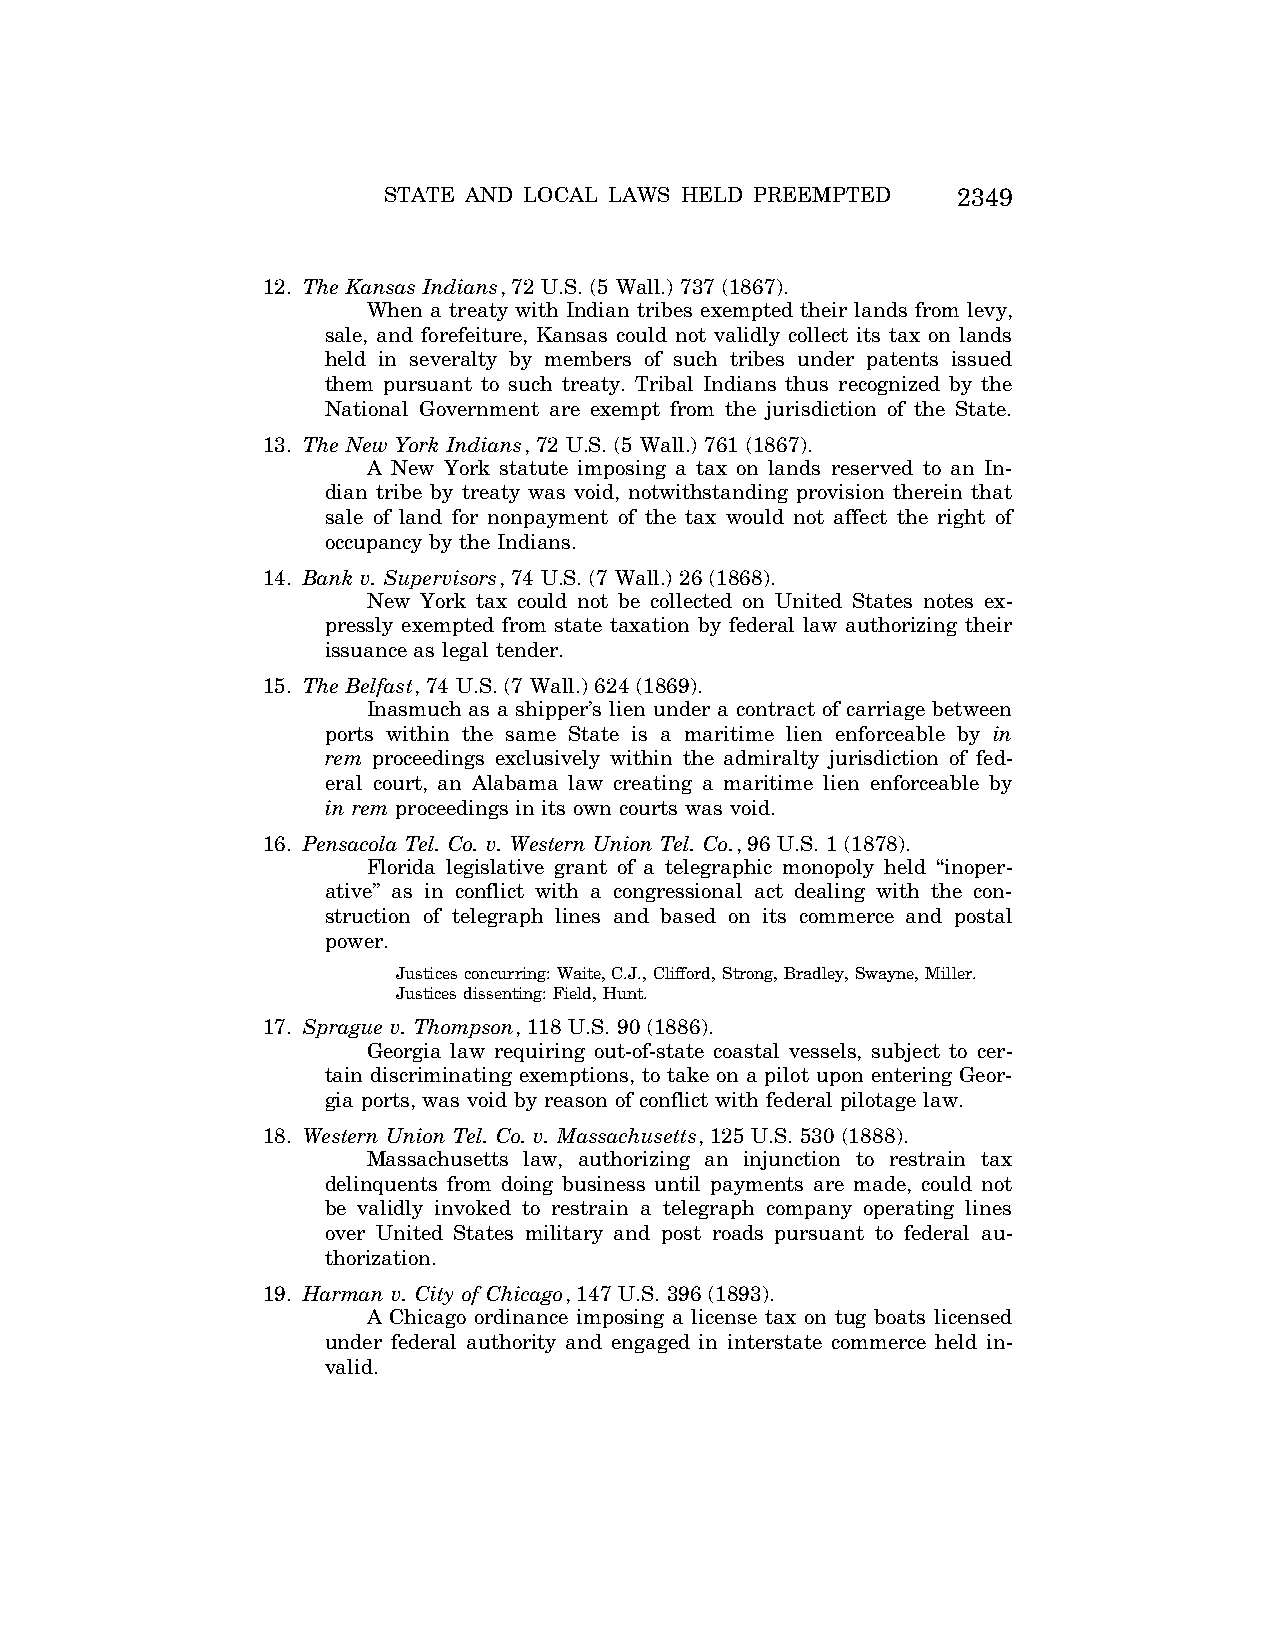
STATE AND LOCAL LAWS HELD PREEMPTED   2349
 12. The Kansas Indians, 72 U.S. (5 Wall.) 737 (1867).
 When a treaty with Indian tribes exempted their lands from levy,
 sale, and forefeiture, Kansas could not validly collect its tax on lands
 held in severalty by members of such tribes under patents issued
 them pursuant to such treaty. Tribal Indians thus recognized by the
 National Government are exempt from the jurisdiction of the State.
 13. The New York Indians, 72 U.S. (5 Wall.) 761 (1867).
 A New York statute imposing a tax on lands reserved to an In-
 dian tribe by treaty was void, notwithstanding provision therein that
 sale of land for nonpayment of the tax would not affect the right of
 occupancy by the Indians.
 14. Bank v. Supervisors, 74 U.S. (7 Wall.) 26 (1868).
 New York tax could not be collected on United States notes ex-
 pressly exempted from state taxation by federal law authorizing their
 issuance as legal tender.
 15. The Belfast, 74 U.S. (7 Wall.) 624 (1869).
 Inasmuch as a shipper’s lien under a contract of carriage between
 ports within the same State is a maritime lien enforceable by in
 rem proceedings exclusively within the admiralty jurisdiction of fed-
 eral court, an Alabama law creating a maritime lien enforceable by
 in rem proceedings in its own courts was void.
 16. Pensacola Tel. Co. v. Western Union Tel. Co., 96 U.S. 1 (1878).
 Florida legislative grant of a telegraphic monopoly held ‘‘inoper-
 ative’’ as in conflict with a congressional act dealing with the con-
 struction of telegraph lines and based on its commerce and postal
 power.
 Justices concurring: Waite, C.J., Clifford, Strong, Bradley, Swayne, Miller.
 Justices dissenting: Field, Hunt.
 17. Sprague v. Thompson, 118 U.S. 90 (1886).
 Georgia law requiring out-of-state coastal vessels, subject to cer-
 tain discriminating exemptions, to take on a pilot upon entering Geor-
 gia ports, was void by reason of conflict with federal pilotage law.
 18. Western Union Tel. Co. v. Massachusetts, 125 U.S. 530 (1888).
 Massachusetts law, authorizing an injunction to restrain tax
 delinquents from doing business until payments are made, could not
 be validly invoked to restrain a telegraph company operating lines
 over United States military and post roads pursuant to federal au-
 thorization.
 19. Harman v. City of Chicago, 147 U.S. 396 (1893).
 A Chicago ordinance imposing a license tax on tug boats licensed
 under federal authority and engaged in interstate commerce held in-
 valid.
 VerDate Aug<04>2004 12:59 Aug 23, 2004 Jkt 077500 PO 00000 Frm 00003 Fmt 8222 Sfmt 8222 C:\CONAN\CON066.SGM PRFM99 PsN: CON066